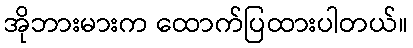
အိုဘားမားက ထောက်ပြထားပါတယ်။